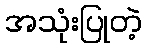
အသုံးပြုတဲ့